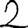
Digit: 2